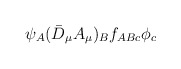
\begin{align*}\psi_A(\bar{D}_\mu A_\mu)_Bf_{ABc}\phi_c\end{align*}